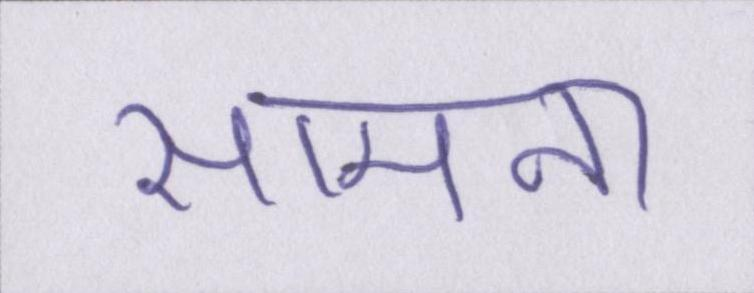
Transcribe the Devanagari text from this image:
सामना